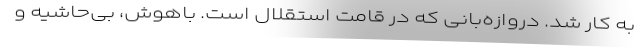
به کار شد. دروازه‌بانی که در قامت استقلال است. باهوش، بی‌حاشیه و